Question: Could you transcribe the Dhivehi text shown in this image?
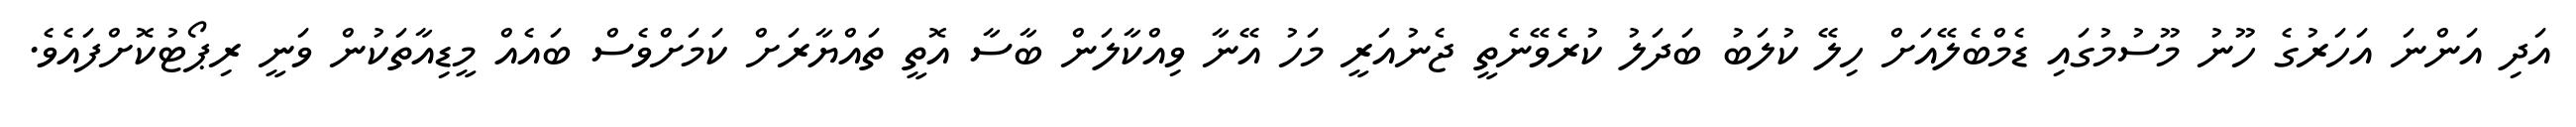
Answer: އަދި އަންނަ އަހަރުގެ ހޫނު މޫސުމުގައި ޑެމްބެލޭއަށް ހިލޭ ކުލަބު ބަދަލު ކުރެވޭނެތީ ޖެނުއަރީ މަހު އޭނާ ވިއްކާލަން ބާސާ އޮތީ ތައްޔާރަށް ކަމަށްވެސް ބައެއް މީޑިއާތަކުން ވަނީ ރިޕޯޓުކޮށްފައެވެ.